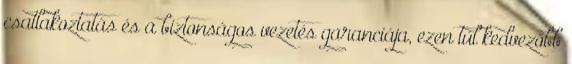
csatlakoztatás és a biztonságos vezetés garanciája, ezen túl kedvezőbb